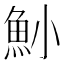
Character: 𩵖